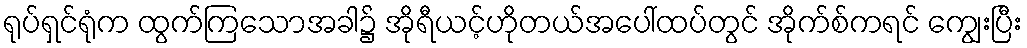
ရုပ်ရှင်ရုံက ထွက်ကြသောအခါ၌ အိုရီယင့်ဟိုတယ်အပေါ်ထပ်တွင် အိုက်စ်ကရင် ကျွေးပြီး